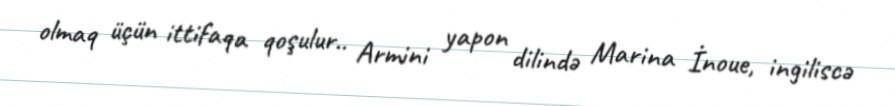
olmaq üçün ittifaqa qoşulur.. Armini yapon dilində Marina İnoue, ingiliscə